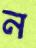
ন